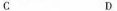
C D